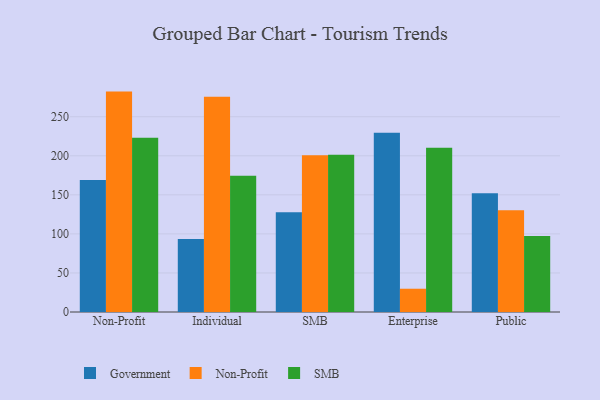
{"axis": {"x": "Segment", "y": "Satisfaction Score"}, "legend": ["Government", "Non-Profit", "SMB"], "data": [{"x": "Non-Profit", "y": 169.0, "type": "Government"}, {"x": "Non-Profit", "y": 282.2, "type": "Non-Profit"}, {"x": "Non-Profit", "y": 223.1, "type": "SMB"}, {"x": "Individual", "y": 93.5, "type": "Government"}, {"x": "Individual", "y": 275.7, "type": "Non-Profit"}, {"x": "Individual", "y": 174.5, "type": "SMB"}, {"x": "SMB", "y": 127.7, "type": "Government"}, {"x": "SMB", "y": 200.7, "type": "Non-Profit"}, {"x": "SMB", "y": 201.5, "type": "SMB"}, {"x": "Enterprise", "y": 229.6, "type": "Government"}, {"x": "Enterprise", "y": 29.8, "type": "Non-Profit"}, {"x": "Enterprise", "y": 210.3, "type": "SMB"}, {"x": "Public", "y": 152.1, "type": "Government"}, {"x": "Public", "y": 130.4, "type": "Non-Profit"}, {"x": "Public", "y": 97.3, "type": "SMB"}]}